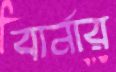
বার্নার